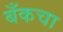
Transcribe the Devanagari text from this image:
बँकचा